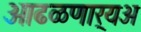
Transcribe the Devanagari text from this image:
आढळणार्‍यअ